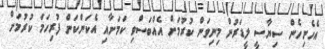
އެހެނިހެން ސިޔާސީ ލީޑަރުން މިނިވަން ކުރުމަށް އެއްބަސްވި ކަމަށާއި އެކަންކަން ފުރިހަމަ ކުރުމަށް